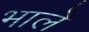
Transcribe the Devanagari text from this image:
भालें